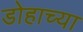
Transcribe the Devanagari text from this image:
डोहाच्या